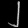
Digit: ၂